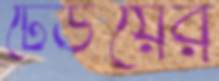
ঢেউয়ের